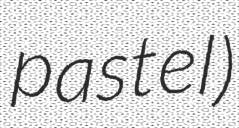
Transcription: pastel)